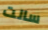
سالت